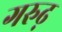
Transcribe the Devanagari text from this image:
गरुढ़